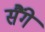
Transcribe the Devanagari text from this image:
सैंगे